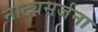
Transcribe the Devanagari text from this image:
नाट्यसर्जना